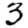
Digit: 3